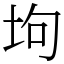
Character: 坸